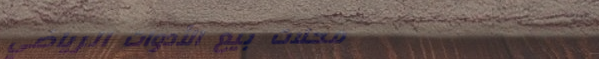
محلات بيع الأدوات الرياضي